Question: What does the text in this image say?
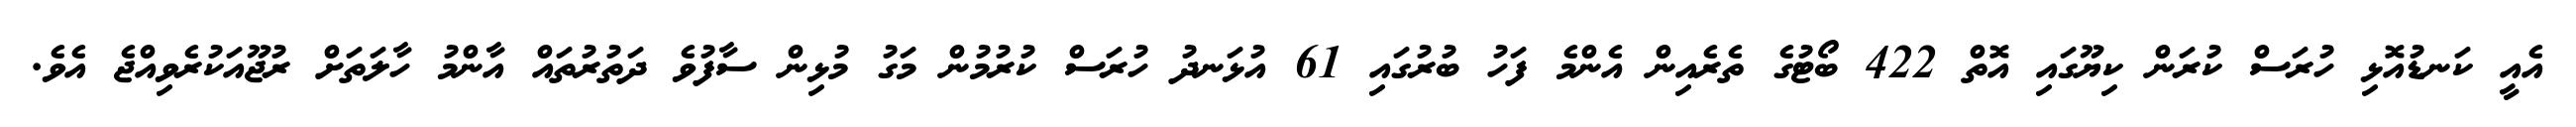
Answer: އެއީ ކަނޑުއޮޅި ހުރަސް ކުރަން ކިޔޫގައި އޮތް 422 ބޯޓުގެ ތެރެއިން އެންމެ ފަހު ބުރުގައި 61 އުޅަނދު ހުރަސް ކުރުމުން މަގު މުޅިން ސާފުވެ ދަތުރުތައް އާންމު ހާލަތަށް ރުޖޫއަކުރެވިއްޖެ އެވެ.